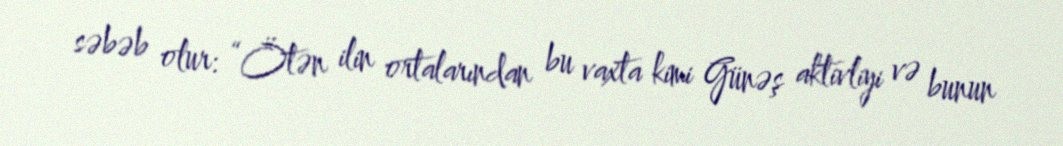
səbəb olur: “Ötən ilin ortalarından bu vaxta kimi Günəş aktivliyi və bunun